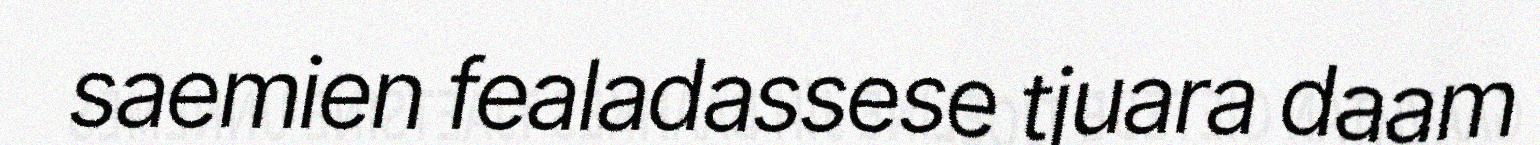
saemien fealadassese tjuara daam